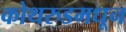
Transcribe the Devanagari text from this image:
कोथरुडमधून